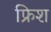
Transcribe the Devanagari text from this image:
फ्रिश